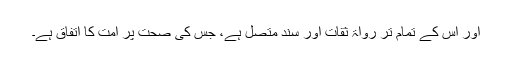
اور اس کے تمام تر رواۃ ثقات اور سند متصل ہے، جس کی صحت پر امت کا اتفاق ہے۔